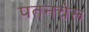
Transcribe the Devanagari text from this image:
पतनचेरू